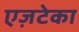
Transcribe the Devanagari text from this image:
एज़टेका